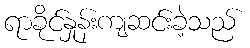
ရာခိုင်နှုန်းကျဆင်းခဲ့သည်